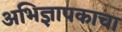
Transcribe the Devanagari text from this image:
अभिज्ञापकाचा